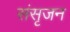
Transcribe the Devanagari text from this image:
संसृजन